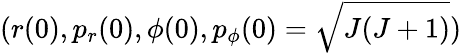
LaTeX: (r(0),p_{r}(0),\phi(0),p_{\phi}(0)=\sqrt{J(J+1)})